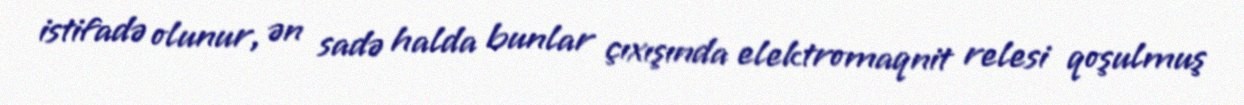
istifadə olunur, ən sadə halda bunlar çıxışında elektromaqnit relesi qoşulmuş